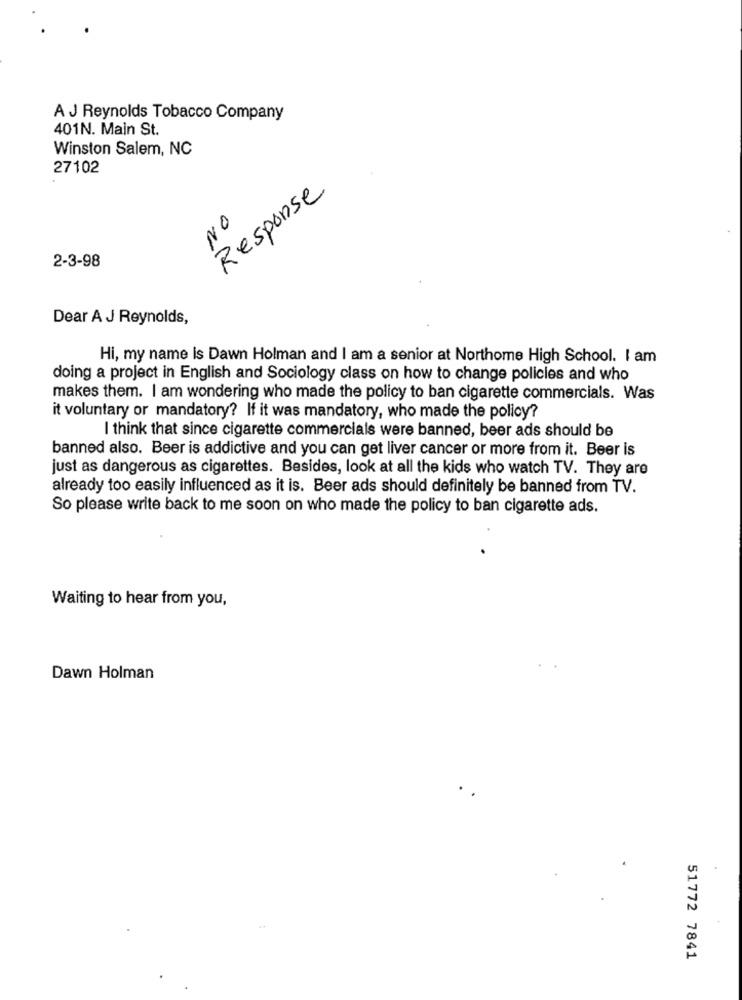
A J Reynolds Tobacco Company
401N. Main St.
Winston Salem, NC
27102
Response
NO
2-3-98
Dear A J Reynolds,
Hi, my name is Dawn Holman and I am a senior at Northome High School. I am
doing a project in English and Sociology class on how to change policies and who
makes them. I am wondering who made the policy to ban cigarette commercials. Was
it voluntary or mandatory? If it was mandatory, who made the policy?
I think that since cigarette commercials were banned, beer ads should be
banned also. Beer is addictive and you can get liver cancer or more from it. Beer is
just as dangerous as cigarettes. Besides, look at all the kids who watch TV. They are
already too easily influenced as it is. Beer ads should definitely be banned from TV.
So please write back to me soon on who made the policy to ban cigarette ads.
Waiting to hear from you,
Dawn Holman
51772 7841